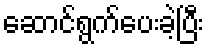
ဆောင်ရွက်ပေးခဲ့ပြီး